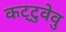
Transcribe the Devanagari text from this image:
कट्‌टुवेवु